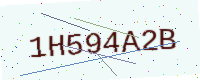
Text: 1H594A2B